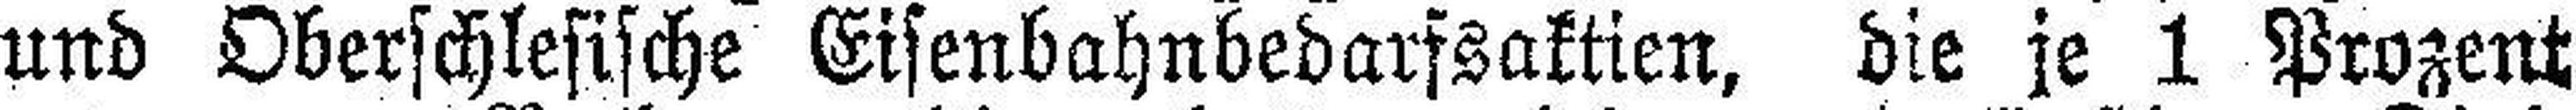
und Oberschlesische Eisenbahnbedarfsaktien, die je 1 Prozent